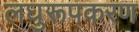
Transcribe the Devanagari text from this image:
लघुरूपकरण